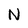
Character: N